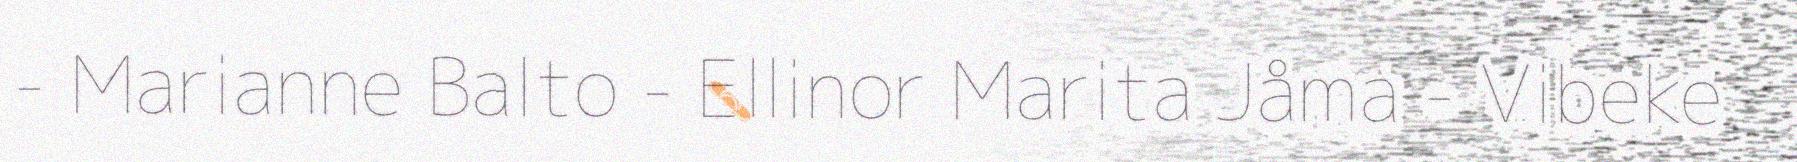
- Marianne Balto - Ellinor Marita Jåma - Vibeke